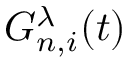
G _ { n , i } ^ { \lambda } ( t )